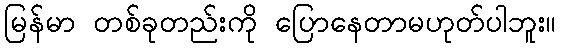
မြန်မာ တစ်ခုတည်းကို ပြောနေတာမဟုတ်ပါဘူး။